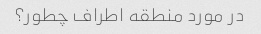
در مورد منطقه اطراف چطور؟